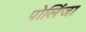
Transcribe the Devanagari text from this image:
पोलिंजा